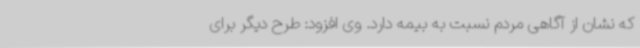
که نشان از آگاهی مردم نسبت به بیمه دارد. وی افزود: طرح دیگر برای